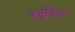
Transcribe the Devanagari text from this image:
कर्टूनिस्ट